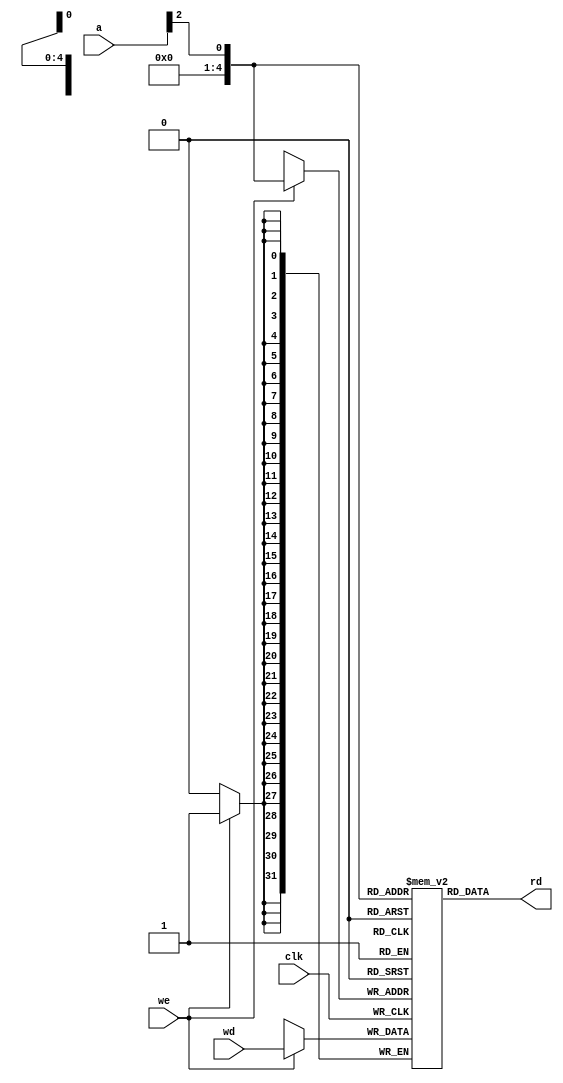
module dmem(input clk, we,
				input  [31:0] a, wd,
				output [31:0] rd );
		
	reg [31:0] reg_file [31:0];
	
	reg  [31:0]  output_data;
	
	assign index = a >> 2;
	
	always @(posedge clk)
	begin		
		if(we)
			reg_file[index] <= wd;
	end
	
	assign rd = reg_file[index];
	
endmodule